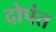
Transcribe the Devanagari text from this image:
दोपंत